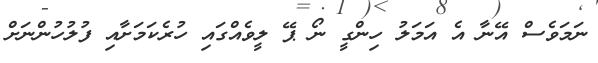
ނަމަވެސް އޭނާ އެ އަމަލު ހިންގީ ނޯ ޕޭ ލީވެއްގައި ހުރެކަމަށާއި ފުލުހުންނަށް